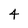
Character: 4